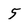
Character: 5